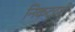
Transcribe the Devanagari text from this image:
निकटदर्शी